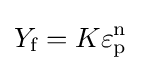
Y_{\text{f}}=K\varepsilon _{\text{p}}^{\text{n}}